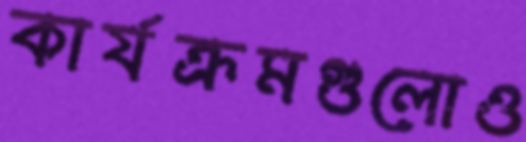
কার্যক্রমগুলোও